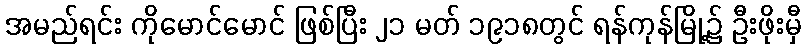
အမည်ရင်း ကိုမောင်မောင် ဖြစ်ပြီး ၂၁ မတ် ၁၉၁၈တွင် ရန်ကုန်မြို့၌ ဦးဖိုးမှီ